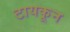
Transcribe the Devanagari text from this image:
टायकून